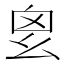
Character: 𢆿